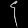
Digit: ၄